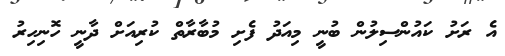
އެ ރަށު ކައުންސިލުން ބުނީ މިއަދު ފެށި މުބާރާތް ކުރިއަށް ދާނީ ހޮނިހިރު